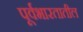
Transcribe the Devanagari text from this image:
पूर्वभारतातील